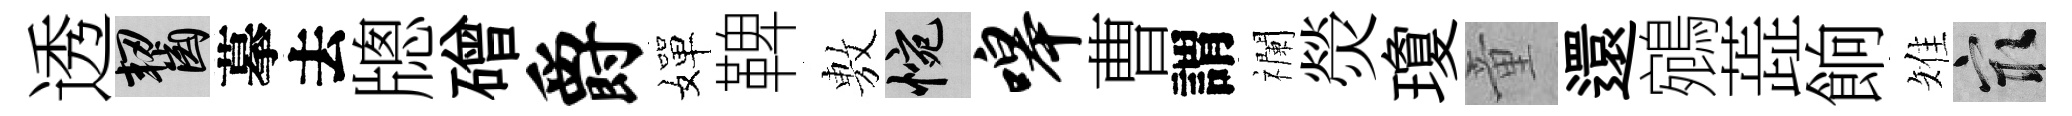
透齧摹去牕磳爵嬋鞞𢾾惋嗥曹謂襴熒瓊童還鵷蕋餉雉冣